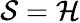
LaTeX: {\mathcal{S}}={\mathcal{H}}